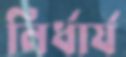
নির্ধার্য